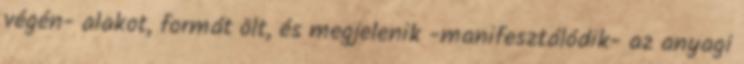
végén- alakot, formát ölt, és megjelenik -manifesztálódik- az anyagi